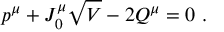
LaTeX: p ^ { \mu } + J _ { 0 } ^ { \mu } \sqrt { V } - 2 Q ^ { \mu } = 0 \ .